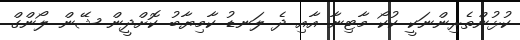
ކުޅުންތެރިންނަކީ ކުކޯ މާޓިނާ އާއި ދެ ލަނޑު ކާމިޔާބު ކޮށްދީން ޝޭން ލޯންގް